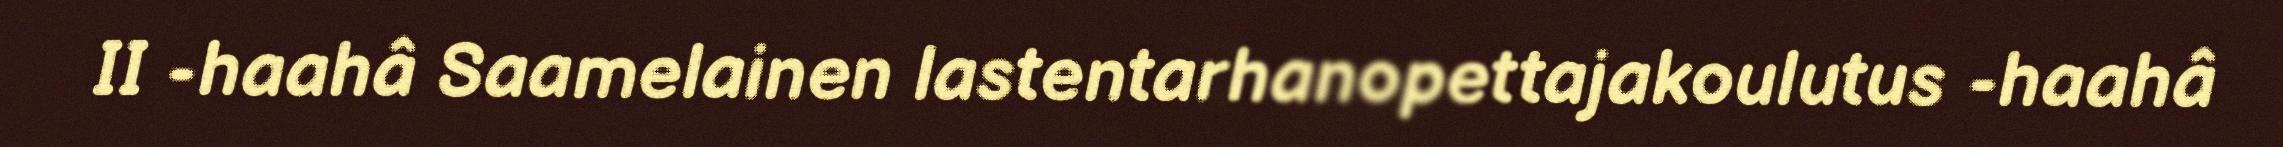
II -haahâ Saamelainen lastentarhanopettajakoulutus -haahâ